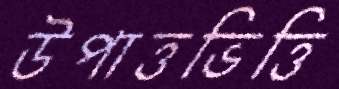
উপাত্তভিত্তি